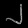
Digit: ၂